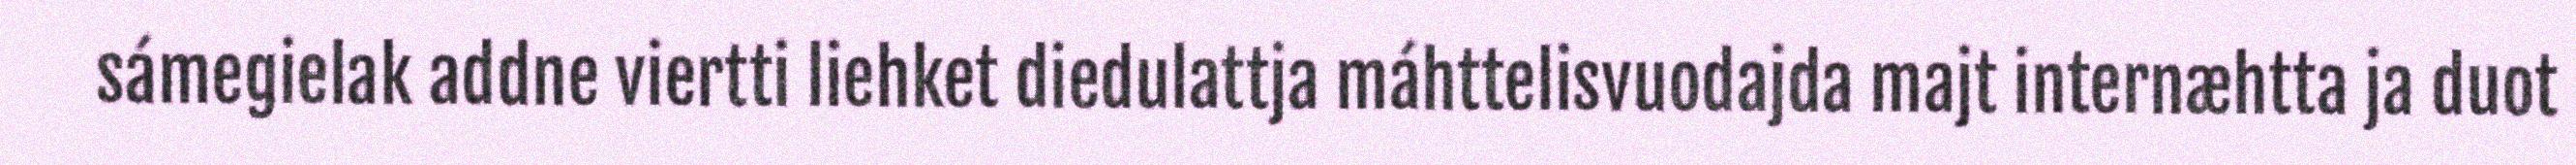
sámegielak addne viertti liehket diedulattja máhttelisvuodajda majt internæhtta ja duot